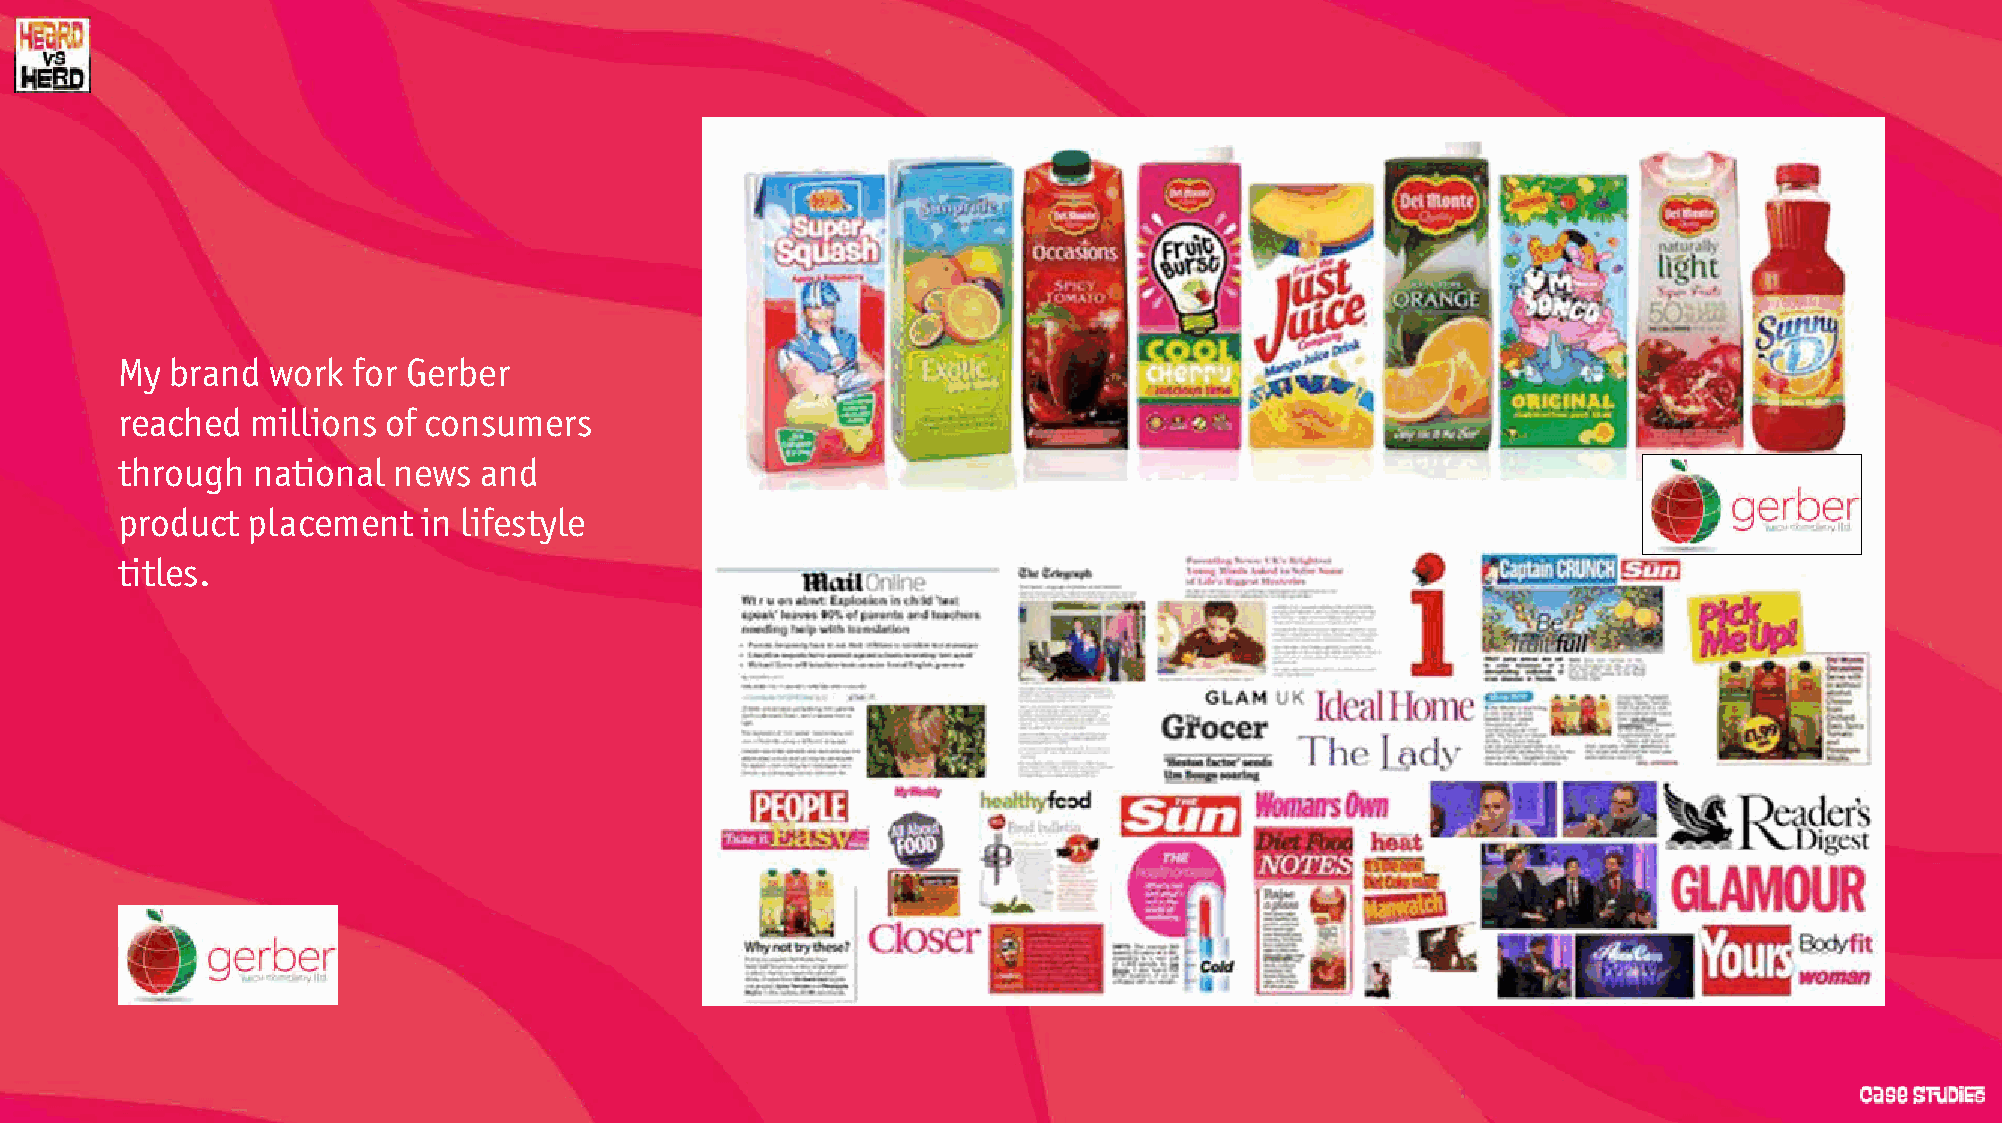
My brand  work for Gerber
 reached  millions of consumers
 through  national news  and
 product placement   in lifestyle
 titles.